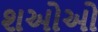
શઓઓ